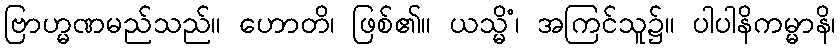
ဗြာဟ္မဏမည်သည်။ ဟောတိ၊ ဖြစ်၏။ ယသ္မိံ၊ အကြင်သူ၌။ ပါပါနိကမ္မာနိ၊